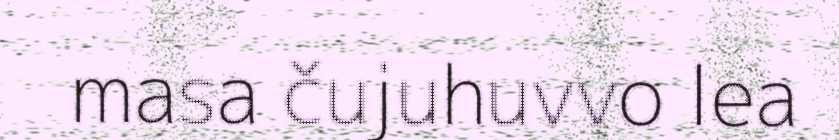
masa čujuhuvvo lea